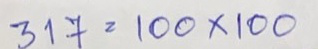
317 = 100 x 100